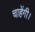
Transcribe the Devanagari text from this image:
चाहेंगी।